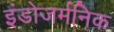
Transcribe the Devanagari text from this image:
इंडोजर्मनिक